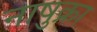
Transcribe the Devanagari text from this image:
नाषुक्रा